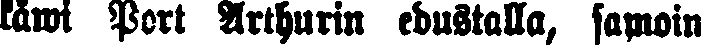
käwi Port Arthurin edustalla, samoin